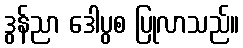
ဒွန်ညာ ဒေါပွစ ပြုလာသည်။